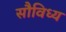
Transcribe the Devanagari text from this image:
सौविध्य